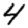
Digit: 4